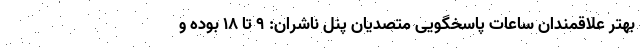
بهتر علاقمندان ساعات پاسخگویی متصدیان پنل ناشران: ۹ تا ۱۸ بوده و